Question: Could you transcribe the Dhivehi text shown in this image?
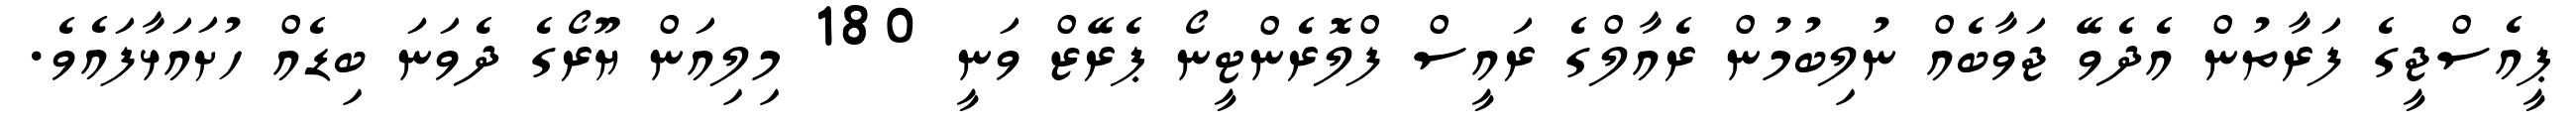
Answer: ޕީއެސްޖީގެ ފަރާތުން އެދެވޭ ޖަވާބެއް ނުލިބުމުން ރެއާލްގެ ރައީސް ފްލޮރެންޓީނޯ ޕެރޭޒް ވަނީ 180 މިލިއަން ޔޫރޯގެ ދެވަނަ ބިޑެއް ހުށައަޅާފައެވެ.